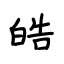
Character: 皓